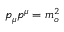
p _ { \mu } p ^ { \mu } = m _ { o } ^ { 2 }